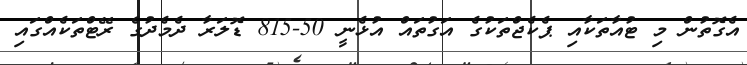
އެގޮތުން މި ޓުއާތަކާއި ޕެކެޖްތަކުގެ އަގުތައް އުޅެނީ 50-815 ޑޮލަރާ ދެމެދުގެ ރޭޓްތަކެއްގައި